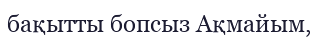
бақытты бопсыз Ақмайым,